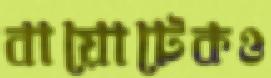
বায়োটেকও